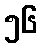
၅၆